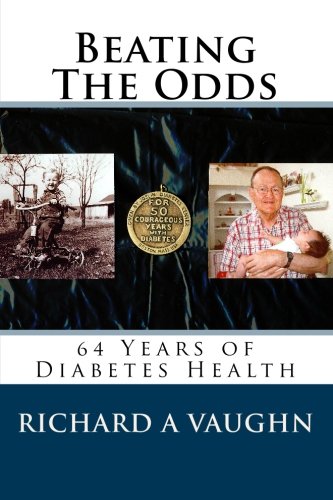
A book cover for Beating The Odds: 64 Years of Diabetes Health; Richard A Vaughn; Medical Books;